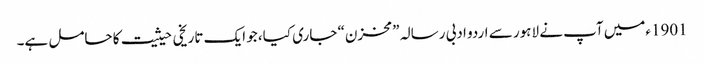
1901ءمیں آپ نے لاہور سے اردو ادبی رسالہ ”مخزن“ جاری کیا، جو ایک تاریخی حیثیت کا حامل ہے۔